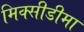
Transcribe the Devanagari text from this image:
मिक्सीडीमा